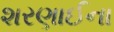
શરણાઈના